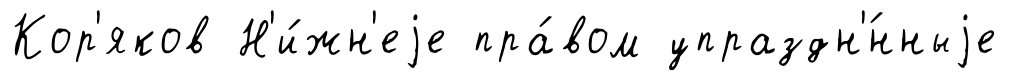
Кор'яков Н'и́жн'еjе пра́вом упраздн'́нныjе